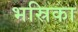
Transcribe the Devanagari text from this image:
भस्रिका